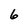
Character: 6